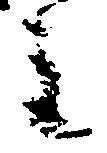
主